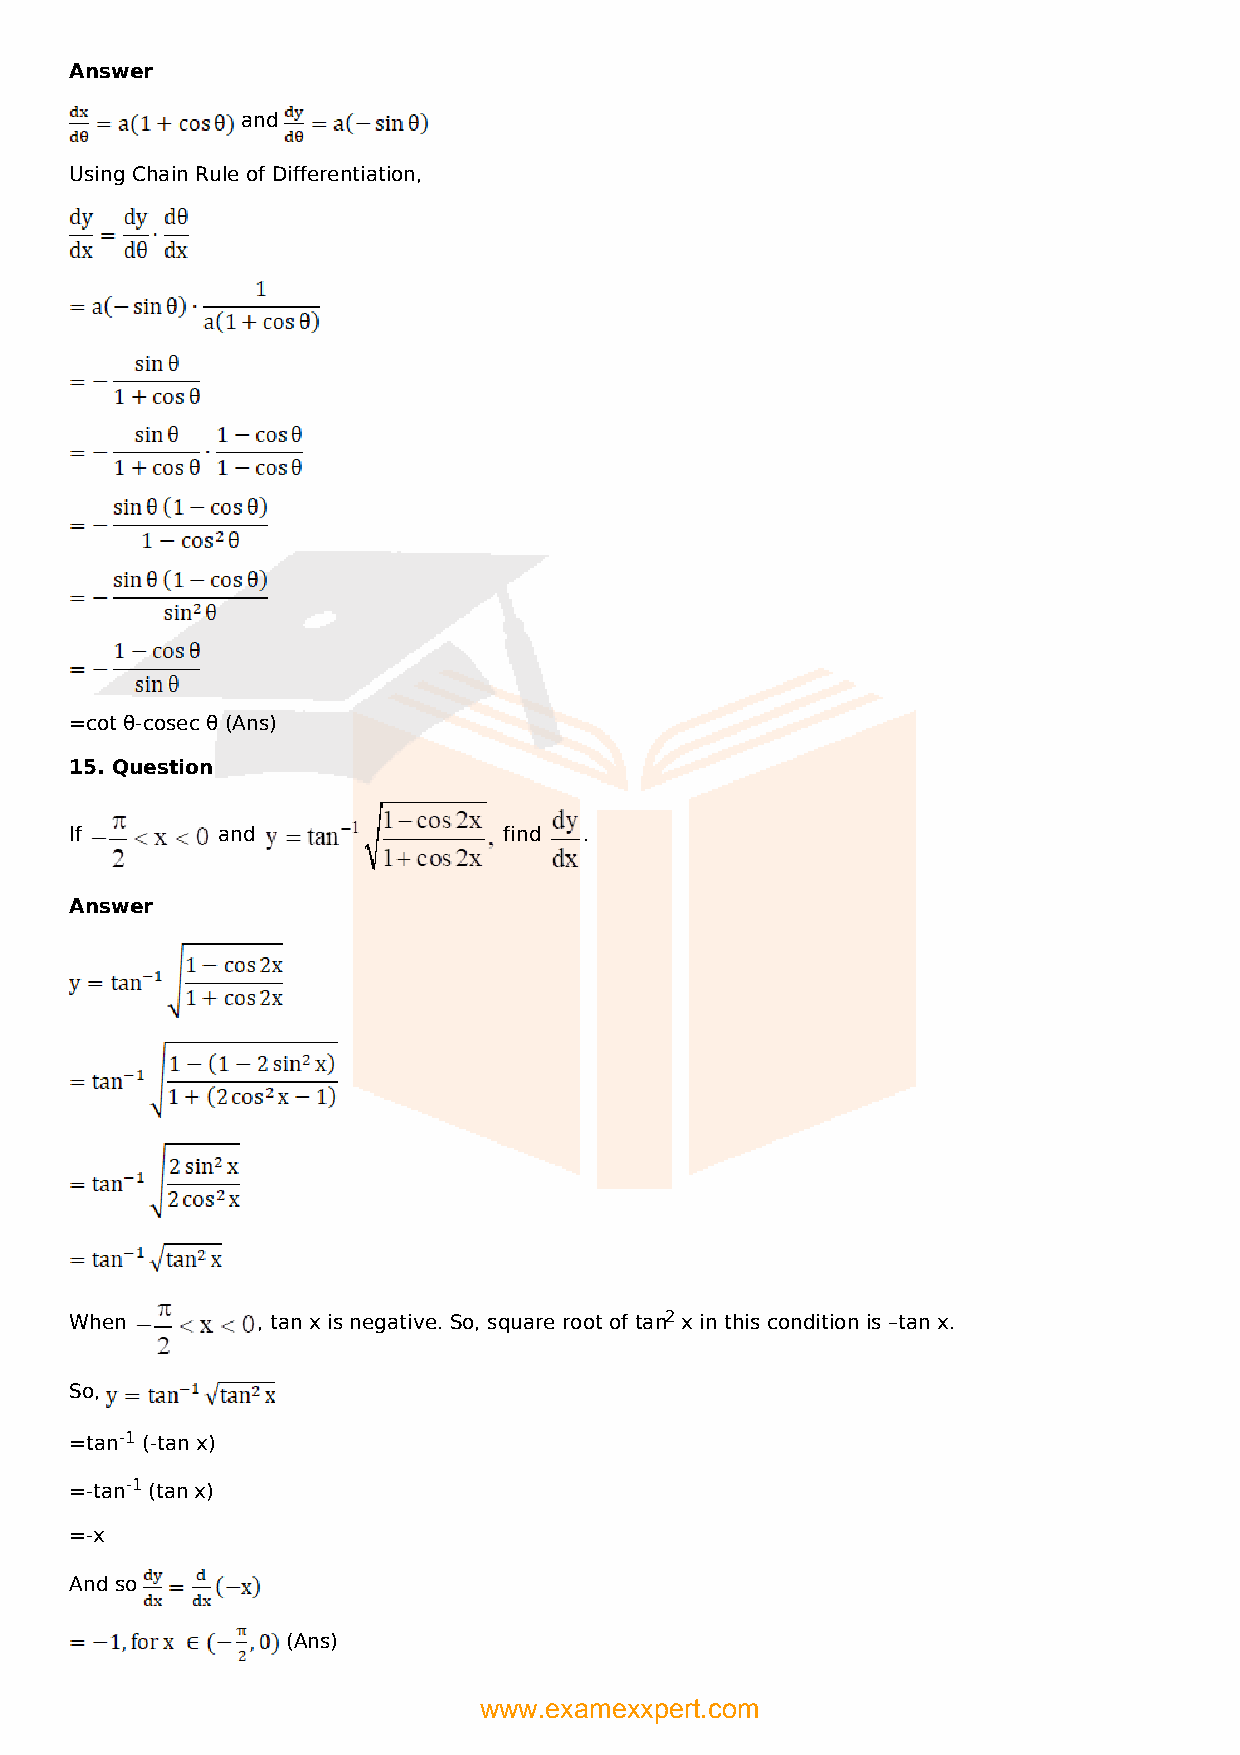
Answer
 and
 Using Chain Rule of Differentiation,
 =cot θ-cosec θ (Ans)
 15. Question
 If       and                find  .
 Answer
 When        , tan x is negative. So, square root of tan2 x in this condition is –tan x.
 So,
 =tan-1 (-tan x)
 =-tan-1 (tan x)
 =-x
 And so
 (Ans)
 www.examexxpert.com